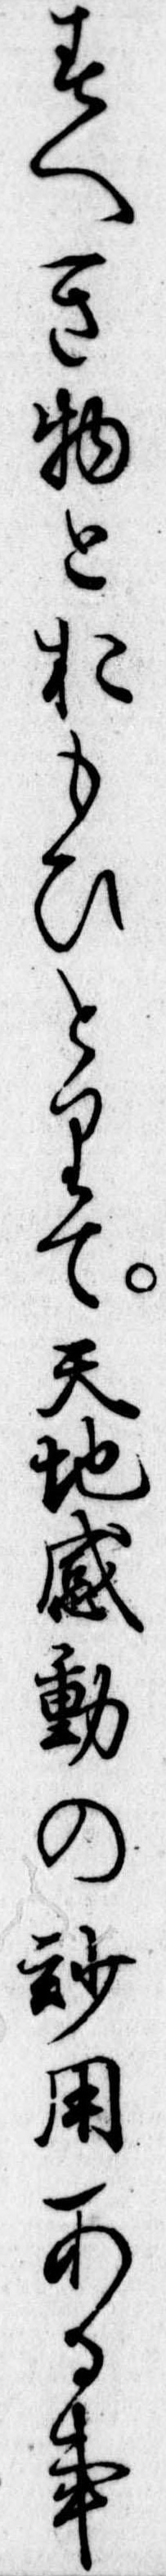
すへき物とおもひとりて天地感動の妙用ある事